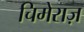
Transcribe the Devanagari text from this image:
चिमेराज़